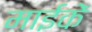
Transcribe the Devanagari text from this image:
माईकें